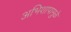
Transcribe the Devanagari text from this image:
अभिशापामुळे